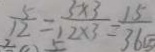
\frac { 5 } { 1 2 } = \frac { 5 \times 3 } { 1 2 \times 3 } = \frac { 1 5 } { 3 6 }